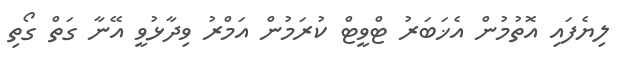
ލިޔެފައި އޮތުމުން އެޚަބަރު ޓްވީޓް ކުރަމުން އަމްރު ވިދާޅުވީ އޭނާ ގަތް ގޯތި